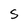
Character: S